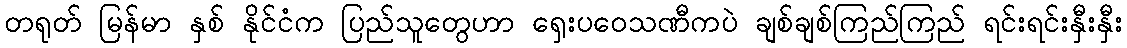
တရုတ် မြန်မာ နှစ် နိုင်ငံက ပြည်သူတွေဟာ ရှေးပဝေသဏီကပဲ ချစ်ချစ်ကြည်ကြည် ရင်းရင်းနှီးနှီး